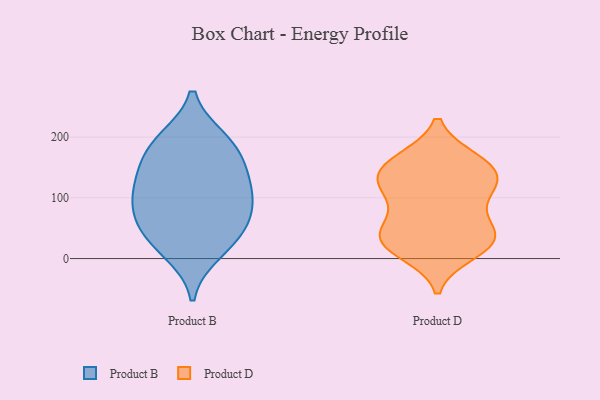
{"axis": {"x": "Website Visitors", "y": "Value"}, "legend": ["Product B", "Product D"], "data": [{"x": "", "y": 34, "type": "Product B"}, {"x": "", "y": 191, "type": "Product B"}, {"x": "", "y": 174, "type": "Product B"}, {"x": "", "y": 70, "type": "Product B"}, {"x": "", "y": 80, "type": "Product B"}, {"x": "", "y": 195, "type": "Product B"}, {"x": "", "y": 132, "type": "Product B"}, {"x": "", "y": 111, "type": "Product B"}, {"x": "", "y": 11, "type": "Product B"}, {"x": "", "y": 142, "type": "Product B"}, {"x": "", "y": 96, "type": "Product B"}, {"x": "", "y": 41, "type": "Product B"}, {"x": "", "y": 22, "type": "Product D"}, {"x": "", "y": 113, "type": "Product D"}, {"x": "", "y": 116, "type": "Product D"}, {"x": "", "y": 159, "type": "Product D"}, {"x": "", "y": 38, "type": "Product D"}, {"x": "", "y": 160, "type": "Product D"}, {"x": "", "y": 57, "type": "Product D"}, {"x": "", "y": 162, "type": "Product D"}, {"x": "", "y": 33, "type": "Product D"}, {"x": "", "y": 128, "type": "Product D"}, {"x": "", "y": 36, "type": "Product D"}, {"x": "", "y": 128, "type": "Product D"}, {"x": "", "y": 10, "type": "Product D"}, {"x": "", "y": 139, "type": "Product D"}, {"x": "", "y": 26, "type": "Product D"}, {"x": "", "y": 82, "type": "Product D"}]}